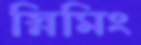
স্নিমিং